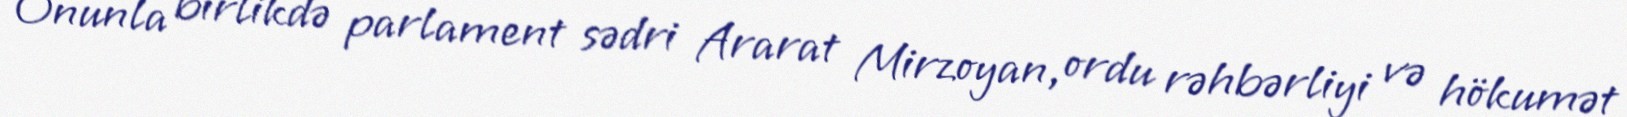
Onunla birlikdə parlament sədri Ararat Mirzoyan, ordu rəhbərliyi və hökumət